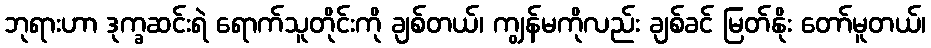
ဘုရားဟာ ဒုက္ခဆင်းရဲ ရောက်သူတိုင်းကို ချစ်တယ်၊ ကျွန်မကိုလည်း ချစ်ခင် မြတ်နိုး တော်မူတယ်၊